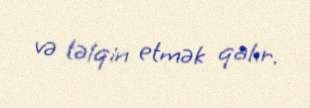
və təlqin etmək qalır.